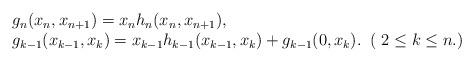
LaTeX: \begin{align*}\begin{array}{l}g_n(x_n,x_{n+1})=x_n h_n(x_n,x_{n+1}),\\g_{k-1}(x_{k-1},x_k)=x_{k-1}h_{k-1}(x_{k-1},x_k)+g_{k-1}(0,x_k).\;\;( \;2 \leq k \leq n.)\end{array}\end{align*}